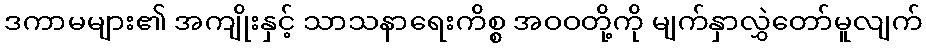
ဒကာမများ၏ အကျိုးနှင့် သာသနာရေးကိစ္စ အဝဝတို့ကို မျက်နှာလွှဲတော်မူလျက်